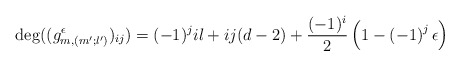
\begin{align*}\deg((g_{m,(m';l')}^\epsilon)_{ij})=(-1)^j il+ij(d-2)+\frac{(-1)^i}{2} \left( 1-\left( -1 \right)^j \epsilon \right) \end{align*}